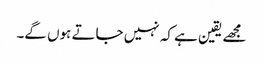
مجھے یقین ہے کہ نہیں جاتے ہوں گے۔